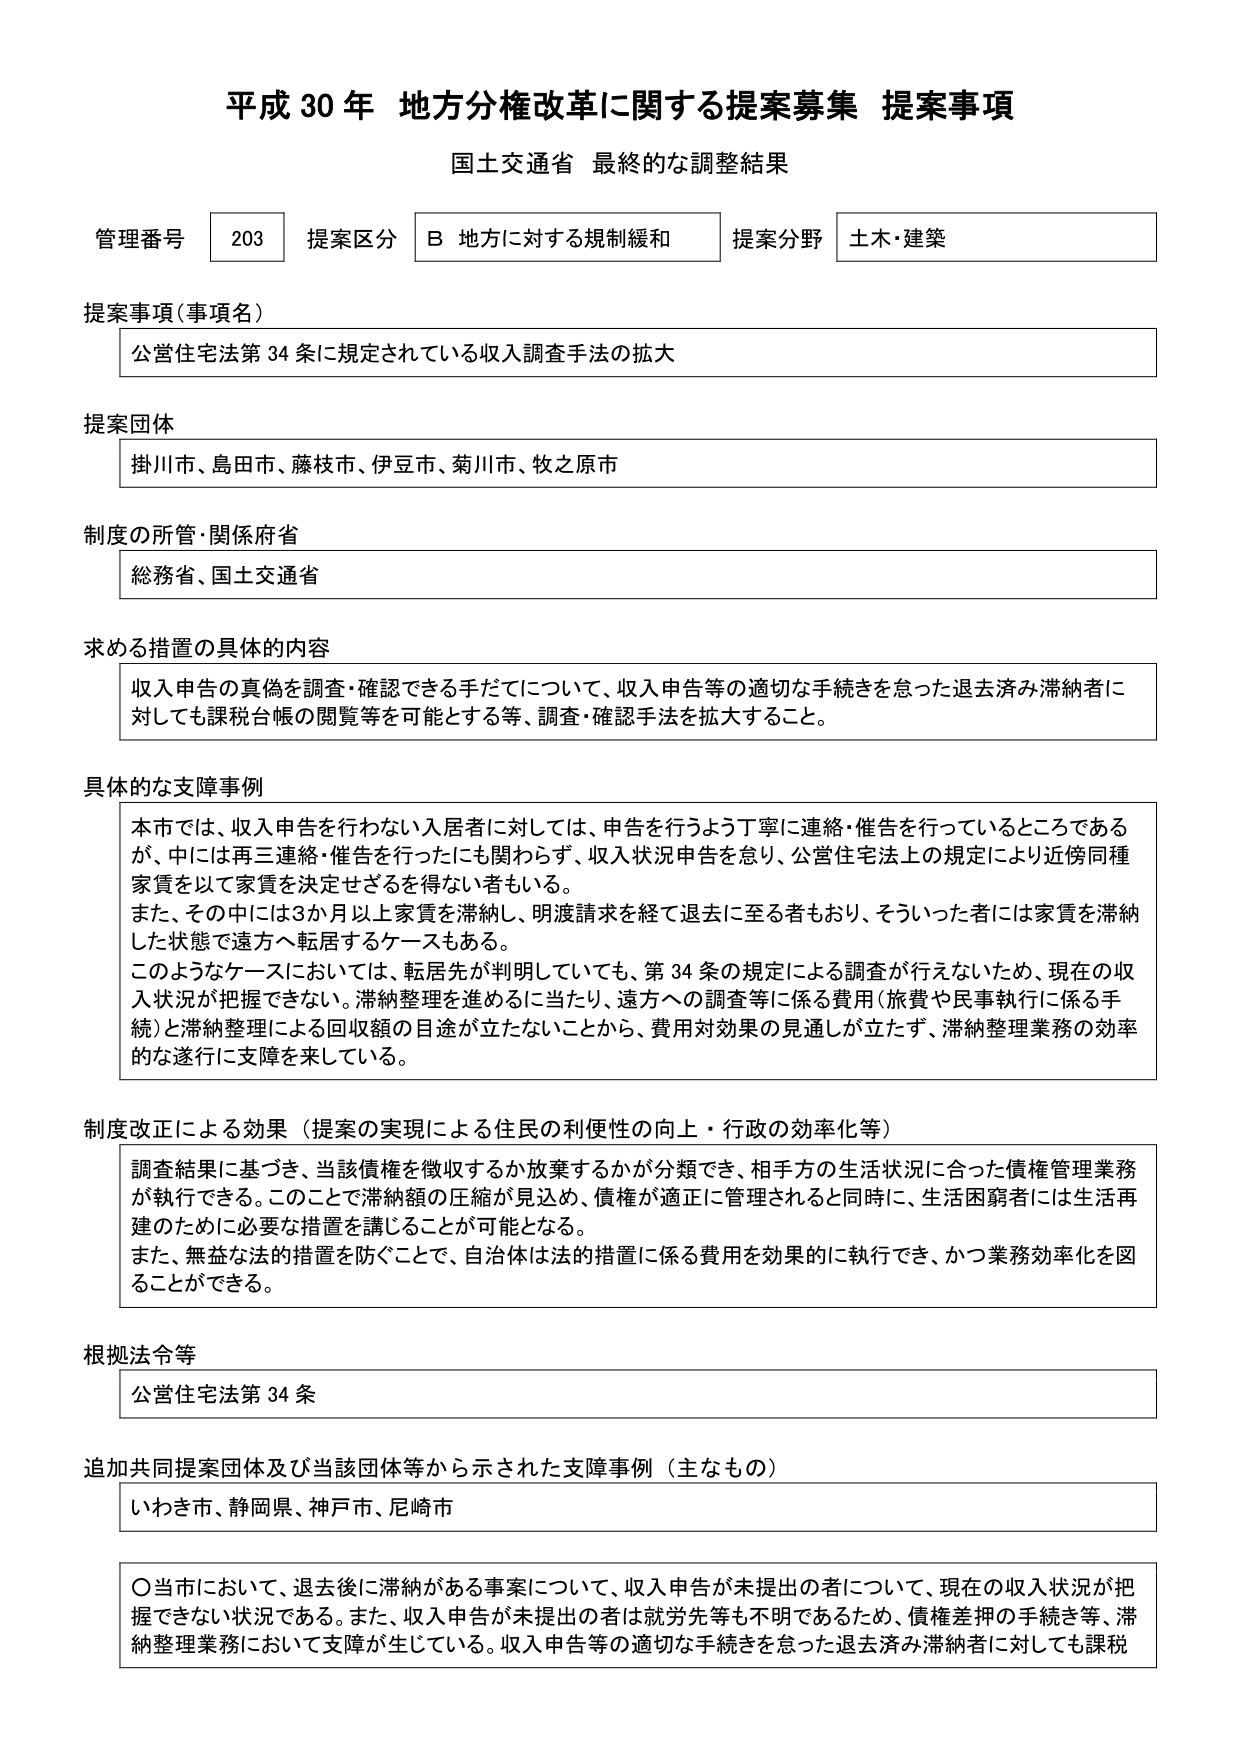
平成30年 地方分権改革に関する提案募集 提案事項
国土交通省 最終的な調整結果

管理番号 203 提案区分 B 地方に対する規制緩和 提案分野 土木・建築

提案事項（事項名）
公営住宅法第34条に規定されている収入調査手法の拡大

提案団体
掛川市、島田市、藤枝市、伊豆市、菊川市、牧之原市

制度の所管・関係府省
総務省、国土交通省

求める措置の具体的内容
収入申告の真偽を調査・確認できる手だてについて、収入申告等の適切な手続きを怠った退去済み滞納者に対しても課税台帳の閲覧等を可能とする等、調査・確認手法を拡大すること。

具体的な支障事例
本市では、収入申告を行わない入居者に対しては、申告を行うよう丁寧に連絡・催告を行っているところであるが、中には再三連絡・催告を行ったにも関わらず、収入状況申告を怠り、公営住宅法上の規定により近傍同種家賃を以て家賃を決定せざるを得ない者もいる。
また、その中には3か月以上家賃を滞納し、明渡請求を経て退去に至る者もおり、そういった者には家賃を滞納した状態で遠方へ転居するケースもある。
このようなケースにおいては、転居先が判明していても、第34条の規定による調査が行えないため、現在の収入状況が把握できない。滞納整理を進めるに当たり、遠方への調査等に係る費用（旅費や民事執行に係る手続）と滞納整理による回収額の目途が立たないことから、費用対効果の見通しが立たず、滞納整理業務の効率的な遂行に支障を来している。

制度改正による効果（提案の実現による住民の利便性の向上・行政の効率化等）
調査結果に基づき、当該債権を徴収するか放棄するかが分類でき、相手方の生活状況に合った債権管理業務が執行できる。このことで滞納額の圧縮が見込め、債権が適正に管理されると同時に、生活困窮者には生活再建のために必要な措置を講じることが可能となる。
また、無益な法的措置を防ぐことで、自治体は法的措置に係る費用を効果的に執行でき、かつ業務効率化を図ることができる。

根拠法令等
公営住宅法第34条

追加共同提案団体及び当該団体等から示された支障事例（主なもの）
いわき市、静岡県、神戸市、尼崎市

〇当市において、退去後に滞納がある事案について、収入申告が未提出の者について、現在の収入状況が把握できない状況である。また、収入申告が未提出の者は就労先等も不明であるため、債権差押の手続き等、滞納整理業務において支障が生じている。収入申告等の適切な手続きを怠った退去済み滞納者に対しても課税